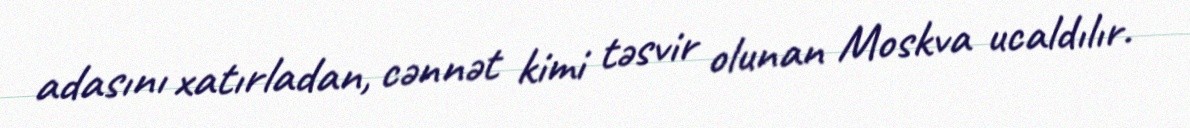
adasını xatırladan, cənnət kimi təsvir olunan Moskva ucaldılır.